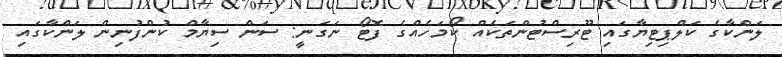
ލަންކާގެ ކަލްޕިޓިޔާގައި ޓޫރިސްޓުންތަކެއް ކޯމަހެއްގެ ފޮޓޯ ނަގަނީ: ސަން ސިޔާމް ކުންފުނިން ލަންކާގައި